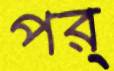
পর্